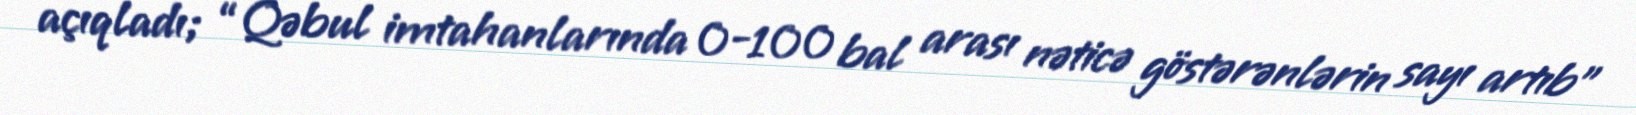
açıqladı; “Qəbul imtahanlarında 0-100 bal arası nəticə göstərənlərin sayı artıb”